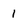
Character: 1